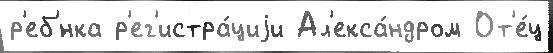
р'еб'́нка р'ег'истра́циjи Ал'екса́ндром От'е́ц